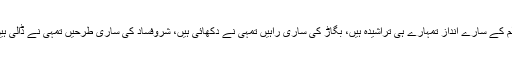
ظلم کے سارے انداز تمہارے ہی تراشیدہ ہیں، بگاڑ کی ساری راہیں تمہی نے دکھائی ہیں، شروفساد کی ساری طرحیں تمہی نے ڈالی ہیں۔